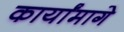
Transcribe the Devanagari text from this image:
कार्यांमागे